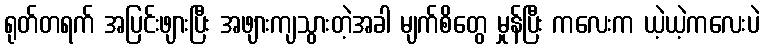
ရုတ်တရက် အပြင်းဖျားပြီး အဖျားကျသွားတဲ့အခါ မျက်စိတွေ မှုန်ပြီး ကလေးက ယဲ့ယဲ့ကလေးပဲ